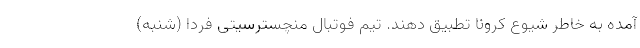
آمده به خاطر شیوع کرونا تطبیق دهند. تیم فوتبال منچسترسیتی فردا (شنبه)